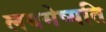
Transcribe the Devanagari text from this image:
लयमेष्यति